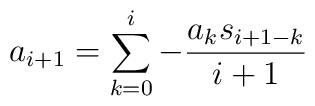
a_{i+1}=\sum_{k=0}^i{-\frac{a_k s_{i+1-k}}{i+1}}